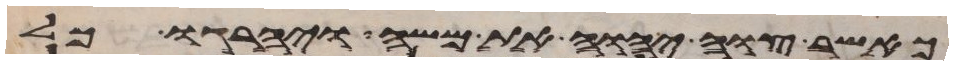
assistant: כאשר צוה יהוה את משה ויהרגו כל